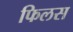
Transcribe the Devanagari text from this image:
फिलस